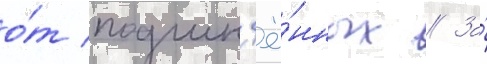
о́т подчин'ё́нных // За́